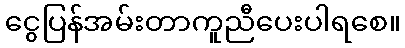
ငွေပြန်အမ်းတာကူညီပေးပါရစေ။